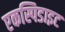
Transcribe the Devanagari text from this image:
एकस्पिडाइट